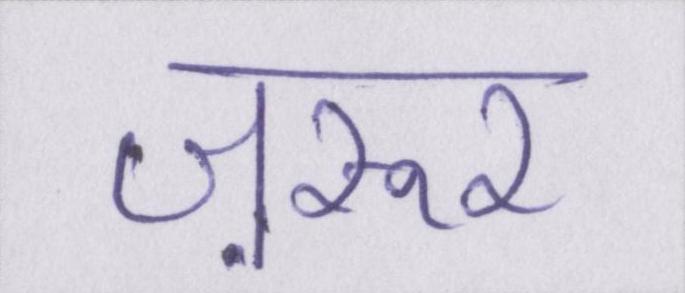
ज़रूर